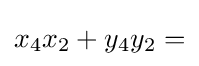
x_{4}x_{2}+y_{4}y_{2}=